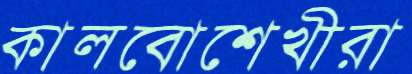
কালবোশেখীরা